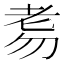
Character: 𦒸